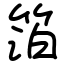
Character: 箔